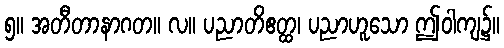
၅။ အတီတာနာဂတ။ လ။ ပညာတိဧတ္ထ၊ ပညာဟူသော ဤဝါကျ၌။